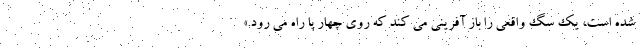
شده است، یک سگ واقعی را باز آفرینی می کند که روی چهار پا راه می رود.»